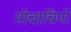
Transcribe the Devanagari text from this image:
मोचाचिनो